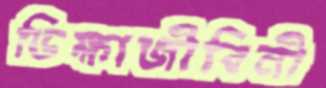
ভিক্ষাজীবিনী